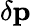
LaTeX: \delta\mathbf{p}